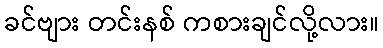
ခင်ဗျား တင်းနစ် ကစားချင်လို့လား။